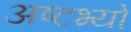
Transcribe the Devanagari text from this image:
अष्टभ्यो